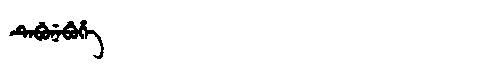
Manchu: ᡨᡝᠪᡠᠨᡝᠪᡠᡥᡝ
Romanization: TEBUNEBUHE